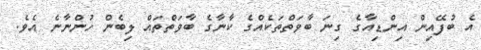
އެ ބުފޭއިން އިންޑިއާގެ ގިނަ ބާވަތްތަކެއްގެ ކާނާގެ ބާވަތްތައް ލިބެން ހުންނާނެ އެވެ.